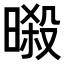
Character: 𣉜